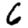
Digit: 6